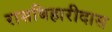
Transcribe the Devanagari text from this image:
रासबिहारीदास